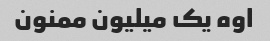
اوه یک میلیون ممنون